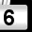
Digit: 6